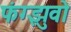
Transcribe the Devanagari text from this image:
फंग्झुवो